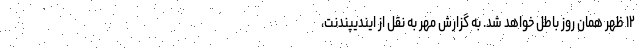
۱۲ ظهر همان روز باطل خواهد شد. به گزارش مهر به نقل از ایندیپندنت،